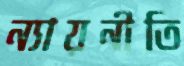
ন্যায়নীতি